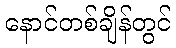
နောင်တစ်ချိန်တွင်